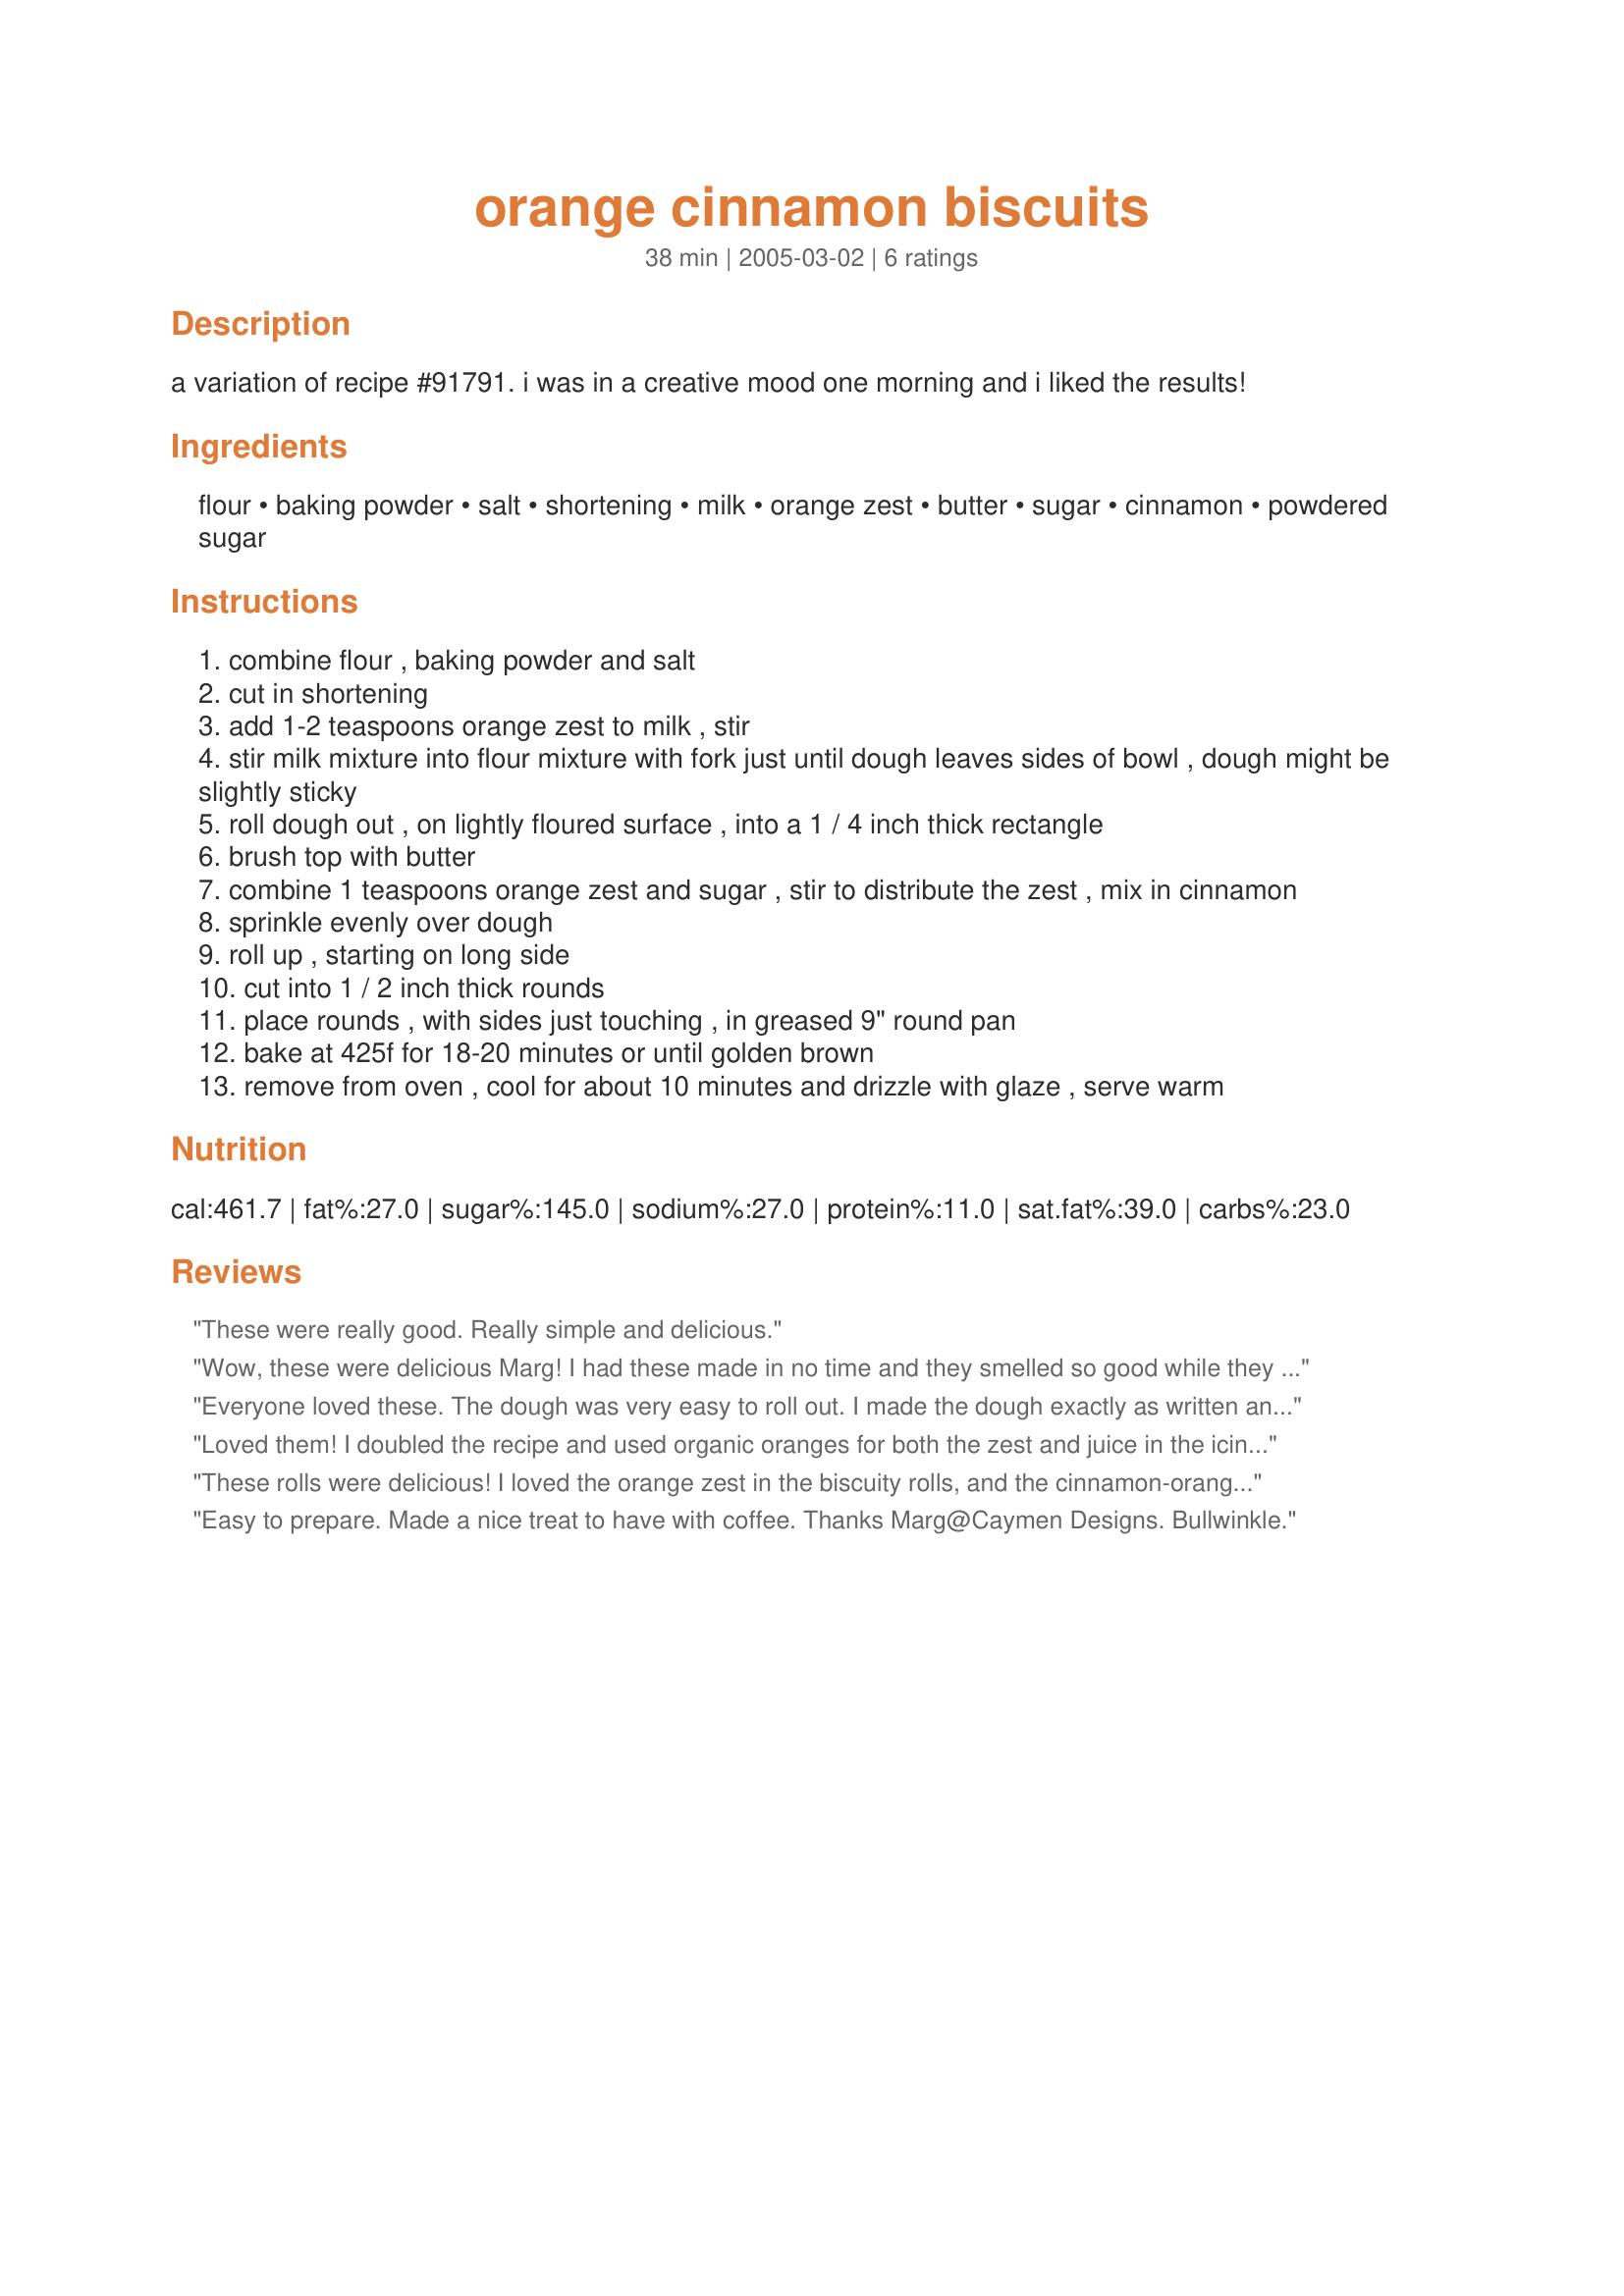
orange cinnamon biscuits
Preparation time: 38 minutes

a variation of recipe #91791. i was in a creative mood one morning and i liked the results!

Ingredients:
flour, baking powder, salt, shortening, milk, orange zest, butter, sugar, cinnamon, powdered sugar

Steps:
combine flour , baking powder and salt
cut in shortening
add 1-2 teaspoons orange zest to milk , stir
stir milk mixture into flour mixture with fork just until dough leaves sides of bowl , dough might be slightly sticky
roll dough out , on lightly floured surface , into a 1 / 4 inch thick rectangle
brush top with butter
combine 1 teaspoons orange zest and sugar , stir to distribute the zest , mix in cinnamon
sprinkle evenly over dough
roll up , starting on long side
cut into 1 / 2 inch thick rounds
place rounds , with sides just touching , in greased 9" round pan
bake at 425f for 18-20 minutes or until golden brown
remove from oven , cool for about 10 minutes and drizzle with glaze , serve warm

Reviews:
These were really good. Really simple and delicious.
Wow, these were delicious Marg! I had these made in no time and they smelled so good while they were baking. The recipe was super easy to prepare and the flavor of the orange and cinnamon was a perfect combination. These were not really like a biscuit, but more of an orangy cinnamon roll. I used milk in the glaze as I didn't have any orange juice on hand and it was a lovely addition to the rolls. I want to try the orange juice when I make these again. Since the entire recipe came together so quickly, this will be perfect to make for breakfast on hectic mornings. Thanks so much for sharing this recipe!
Everyone loved these. The dough was very easy to roll out. I made the dough exactly as written and they were wonderful. I found that when I cut them some of the cinnamon mixture fell out, so next time I will probably mix the cinnamon with the softened butter and sugar and then spread it on the dough. I ran out of orange zest for the glaze so I added a little orange extract. Thanks for a great recipe.
Loved them! I doubled the recipe and used organic oranges for both the zest and juice in the icing. Delicious! Thanks for sharing the recipe!
These rolls were delicious! I loved the orange zest in the biscuity rolls, and the cinnamon-orange sugar filling was great. I would say that my glaze came out a little to orangey for me, but I don't blame the recipe. I decided to add a 1/2 tsp of orange extract to the glaze, with fresh orange juice for the rest of the liquid. I think it was the extract that made the orange taste too strong. Next time I think I'll stick to the original recipe. In spite of this small critique, no one had anything but compliments for these rolls at our Easter brunch. I would suggest them to anyone.
Easy to prepare. Made a nice treat to have with coffee. 

Thanks Marg@Caymen Designs.

Bullwinkle.
